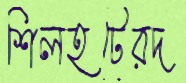
শিলহটেরদ